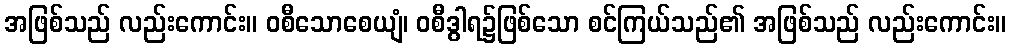
အဖြစ်သည် လည်းကောင်း။ ဝစီသောစေယျံ၊ ဝစီဒွါရ၌ဖြစ်သော စင်ကြယ်သည်၏ အဖြစ်သည် လည်းကောင်း။